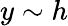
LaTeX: y\sim h